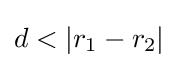
d<|r_{1}-r_{2}|